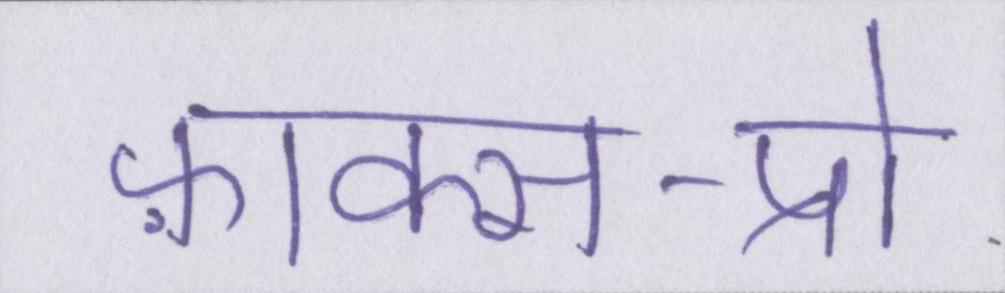
फ़ाक्स-प्रो